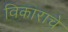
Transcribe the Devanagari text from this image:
विकाराचे